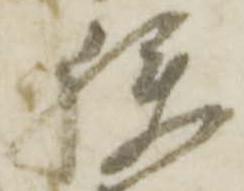
狭